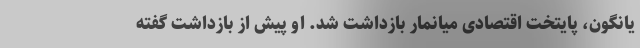
یانگون، پایتخت اقتصادی میانمار بازداشت شد. او پیش از بازداشت گفته